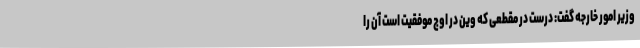
وزیر امور خارجه گفت: درست در مقطعی که وین در اوج موفقیت است‌ آن را